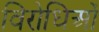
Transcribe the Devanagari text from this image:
विरोधिओं